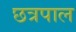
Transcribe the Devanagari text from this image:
छत्रपाल